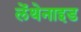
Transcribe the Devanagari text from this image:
लेंथेनाइड